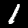
Label: 1